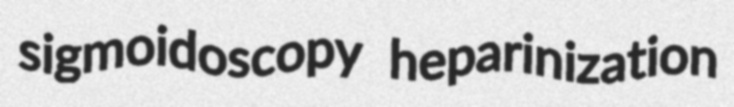
sigmoidoscopy heparinization